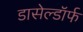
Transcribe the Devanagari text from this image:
डासेल्डॉर्फ